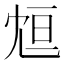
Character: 𠖑